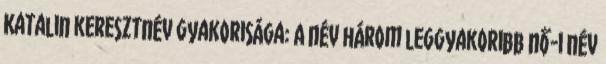
Katalin keresztnév gyakorisága: A név három leggyakoribb nő-i név